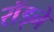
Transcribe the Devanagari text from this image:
राॅड्ने